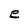
Character: e